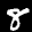
Label: 8